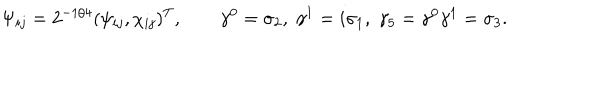
\Psi _ { i j } = 2 ^ { - 1 / 4 } ( \psi _ { i j } , \chi _ { i j } ) ^ { T } , \qquad \gamma ^ { 0 } = \sigma _ { 2 } , \; \gamma ^ { 1 } = i \sigma _ { 1 } , \; \gamma _ { 5 } = \gamma ^ { 0 } \gamma ^ { 1 } = \sigma _ { 3 } .